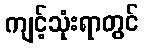
ကျင့်သုံးရာတွင်